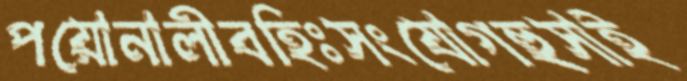
পয়োনালীবহিঃসংযোগহুসাই